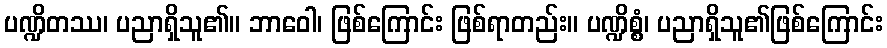
ပဏ္ဍိတဿ၊ ပညာရှိသူ၏။ ဘာဝေါ၊ ဖြစ်ကြောင်း ဖြစ်ရာတည်း။ ပဏ္ဍိစ္စံ၊ ပညာရှိသူ၏ဖြစ်ကြောင်း